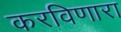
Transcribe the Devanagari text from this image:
करविणारा